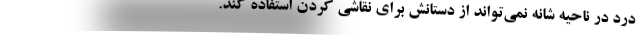
درد در ناحیه شانه نمی‌تواند از دستانش برای نقاشی کردن استفاده کند.